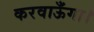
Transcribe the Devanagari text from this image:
करवाऊँगा।